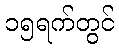
၁၅ရက်တွင်